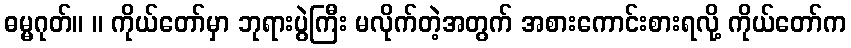
ဓမ္မဂုတ်။ ။ ကိုယ်တော်မှာ ဘုရားပွဲကြီး မလိုက်တဲ့အတွက် အစားကောင်းစားရလို့ ကိုယ်တော်က